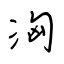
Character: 洶